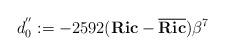
LaTeX: \begin{align*}d^{''}_0:=-2592(\textbf{Ric}-{\bf \overline{Ric}})\beta^7\end{align*}